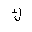
Letter: _kaf